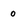
Character: 0